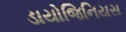
ડાયોજિનિયસ